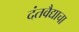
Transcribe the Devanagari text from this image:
दंतवैद्याचा